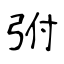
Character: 弣